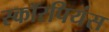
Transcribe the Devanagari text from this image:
स्कॉरपियंस